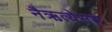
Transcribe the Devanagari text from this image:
नैऋत्येसस